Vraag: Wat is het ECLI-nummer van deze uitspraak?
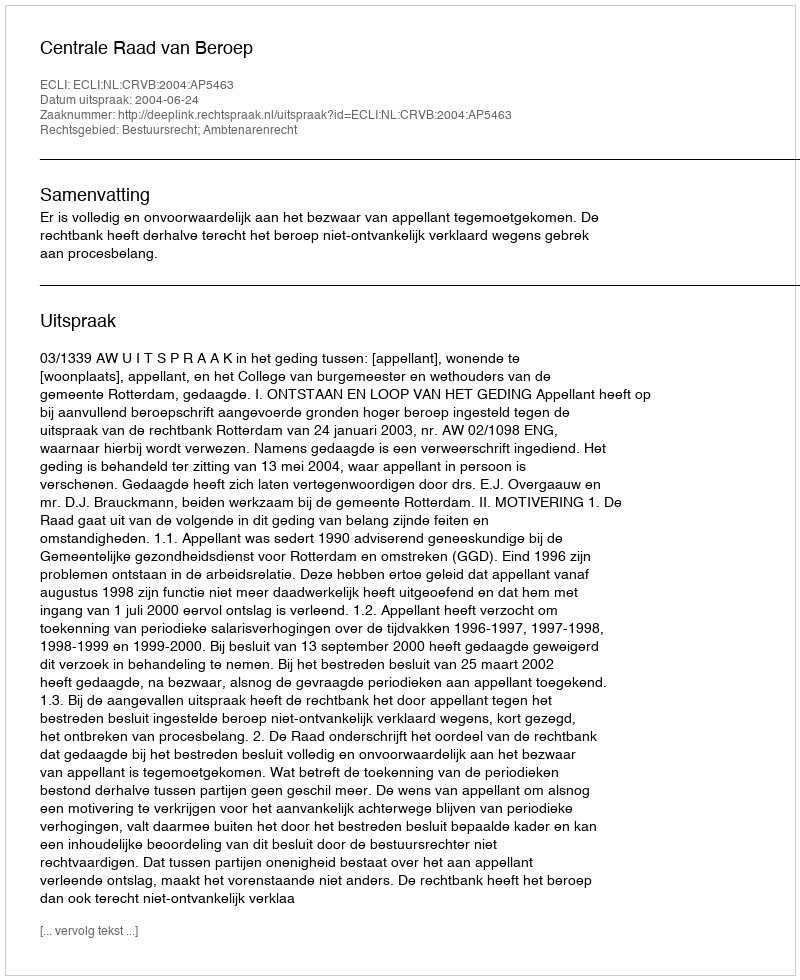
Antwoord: ECLI:NL:CRVB:2004:AP5463